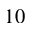
1 0